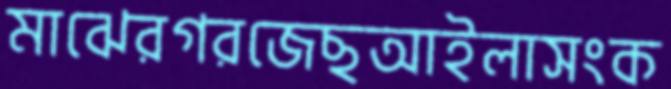
মাঝেরগরজেছআইলাসংক